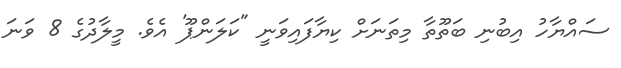
ސައްޔާހު އިބުނި ބަތޫތާ މިތަނަށް ކިޔާފައިވަނީ "ކަލަންޕޫ' އެވެ. މީލާދުގެ 8 ވަނަ